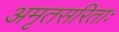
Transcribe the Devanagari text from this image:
अमृतसरिताः